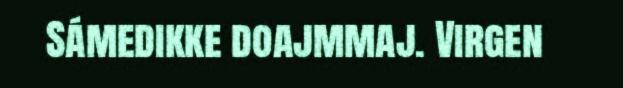
Sámedikke doajmmaj. Virgen